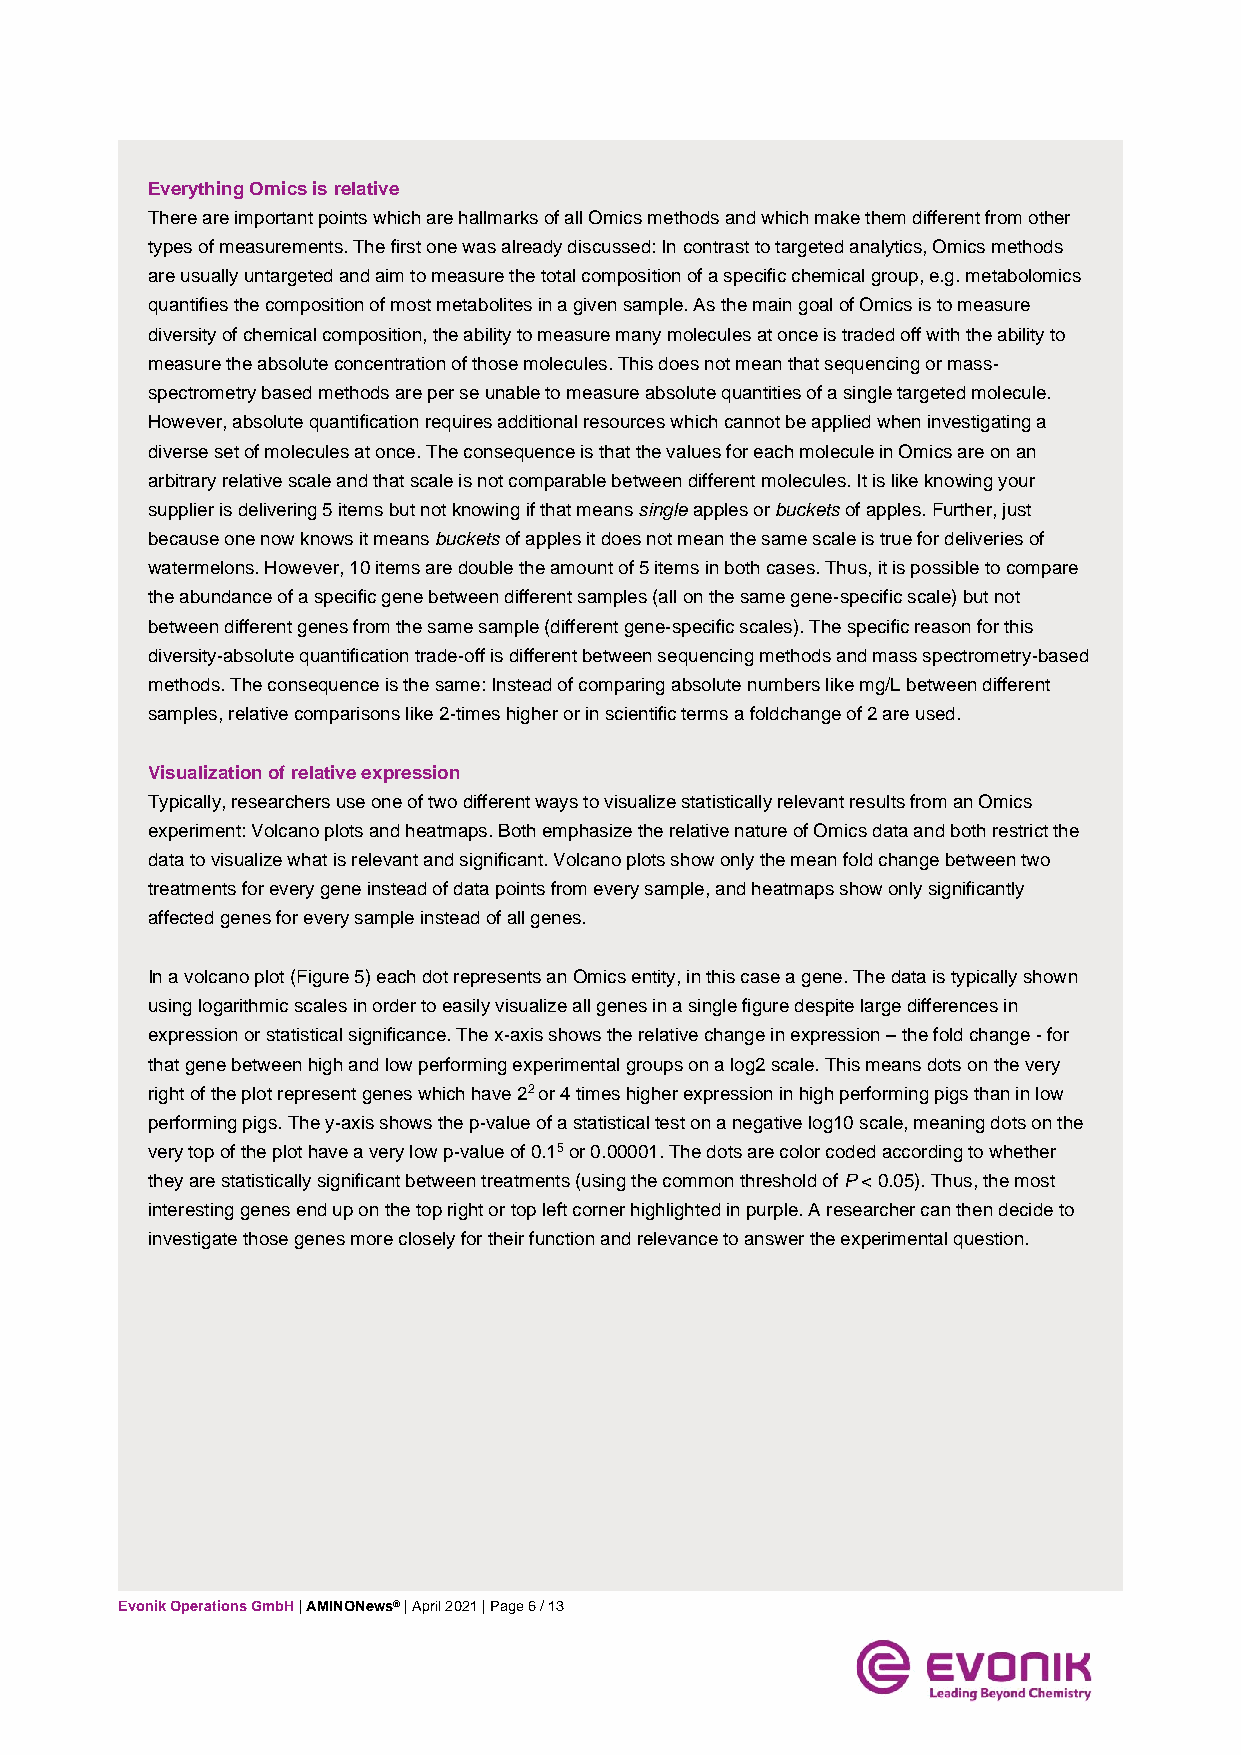
Everything Omics is relative
 There are important points which are hallmarks of all Omics methods and which make them different from other
 types of measurements. The first one was already discussed: In contrast to targeted analytics, Omics methods
 are usually untargeted and aim to measure the total composition of a specific chemical group, e.g. metabolomics
 quantifies the composition of most metabolites in a given sample. As the main goal of Omics is to measure
 diversity of chemical composition, the ability to measure many molecules at once is traded off with the ability to
 measure the absolute concentration of those molecules. This does not mean that sequencing or mass-
 spectrometry based methods are per se unable to measure absolute quantities of a single targeted molecule.
 However, absolute quantification requires additional resources which cannot be applied when investigating a
 diverse set of molecules at once. The consequence is that the values for each molecule in Omics are on an
 arbitrary relative scale and that scale is not comparable between different molecules. It is like knowing your
 supplier is delivering 5 items but not knowing if that means single apples or buckets of apples. Further, just
 because one now knows it means buckets of apples it does not mean the same scale is true for deliveries of
 watermelons. However, 10 items are double the amount of 5 items in both cases. Thus, it is possible to compare
 the abundance of a specific gene between different samples (all on the same gene-specific scale) but not
 between different genes from the same sample (different gene-specific scales). The specific reason for this
 diversity-absolute quantification trade-off is different between sequencing methods and mass spectrometry-based
 methods. The consequence is the same: Instead of comparing absolute numbers like mg/L between different
 samples, relative comparisons like 2-times higher or in scientific terms a foldchange of 2 are used.
 Visualization of relative expression
 Typically, researchers use one of two different ways to visualize statistically relevant results from an Omics
 experiment: Volcano plots and heatmaps. Both emphasize the relative nature of Omics data and both restrict the
 data to visualize what is relevant and significant. Volcano plots show only the mean fold change between two
 treatments for every gene instead of data points from every sample, and heatmaps show only significantly
 affected genes for every sample instead of all genes.
 In a volcano plot (Figure 5) each dot represents an Omics entity, in this case a gene. The data is typically shown
 using logarithmic scales in order to easily visualize all genes in a single figure despite large differences in
 expression or statistical significance. The x-axis shows the relative change in expression – the fold change - for
 that gene between high and low performing experimental groups on a log2 scale. This means dots on the very
 right of the plot represent genes which have 22 or 4 times higher expression in high performing pigs than in low
 performing pigs. The y-axis shows the p-value of a statistical test on a negative log10 scale, meaning dots on the
 very top of the plot have a very low p-value of 0.15 or 0.00001. The dots are color coded according to whether
 they are statistically significant between treatments (using the common threshold of P < 0.05). Thus, the most
 interesting genes end up on the top right or top left corner highlighted in purple. A researcher can then decide to
 investigate those genes more closely for their function and relevance to answer the experimental question.
 Evonik Operations GmbH | AMINONews® | April 2021 | Page 6 / 13